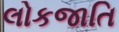
લોકજાતિ